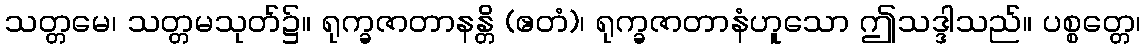
သတ္တမေ၊ သတ္တမသုတ်၌။ ရုက္ခဇာတာနန္တိ (ဧတံ)၊ ရုက္ခဇာတာနံဟူသော ဤသဒ္ဒါသည်။ ပစ္စတ္တေ၊